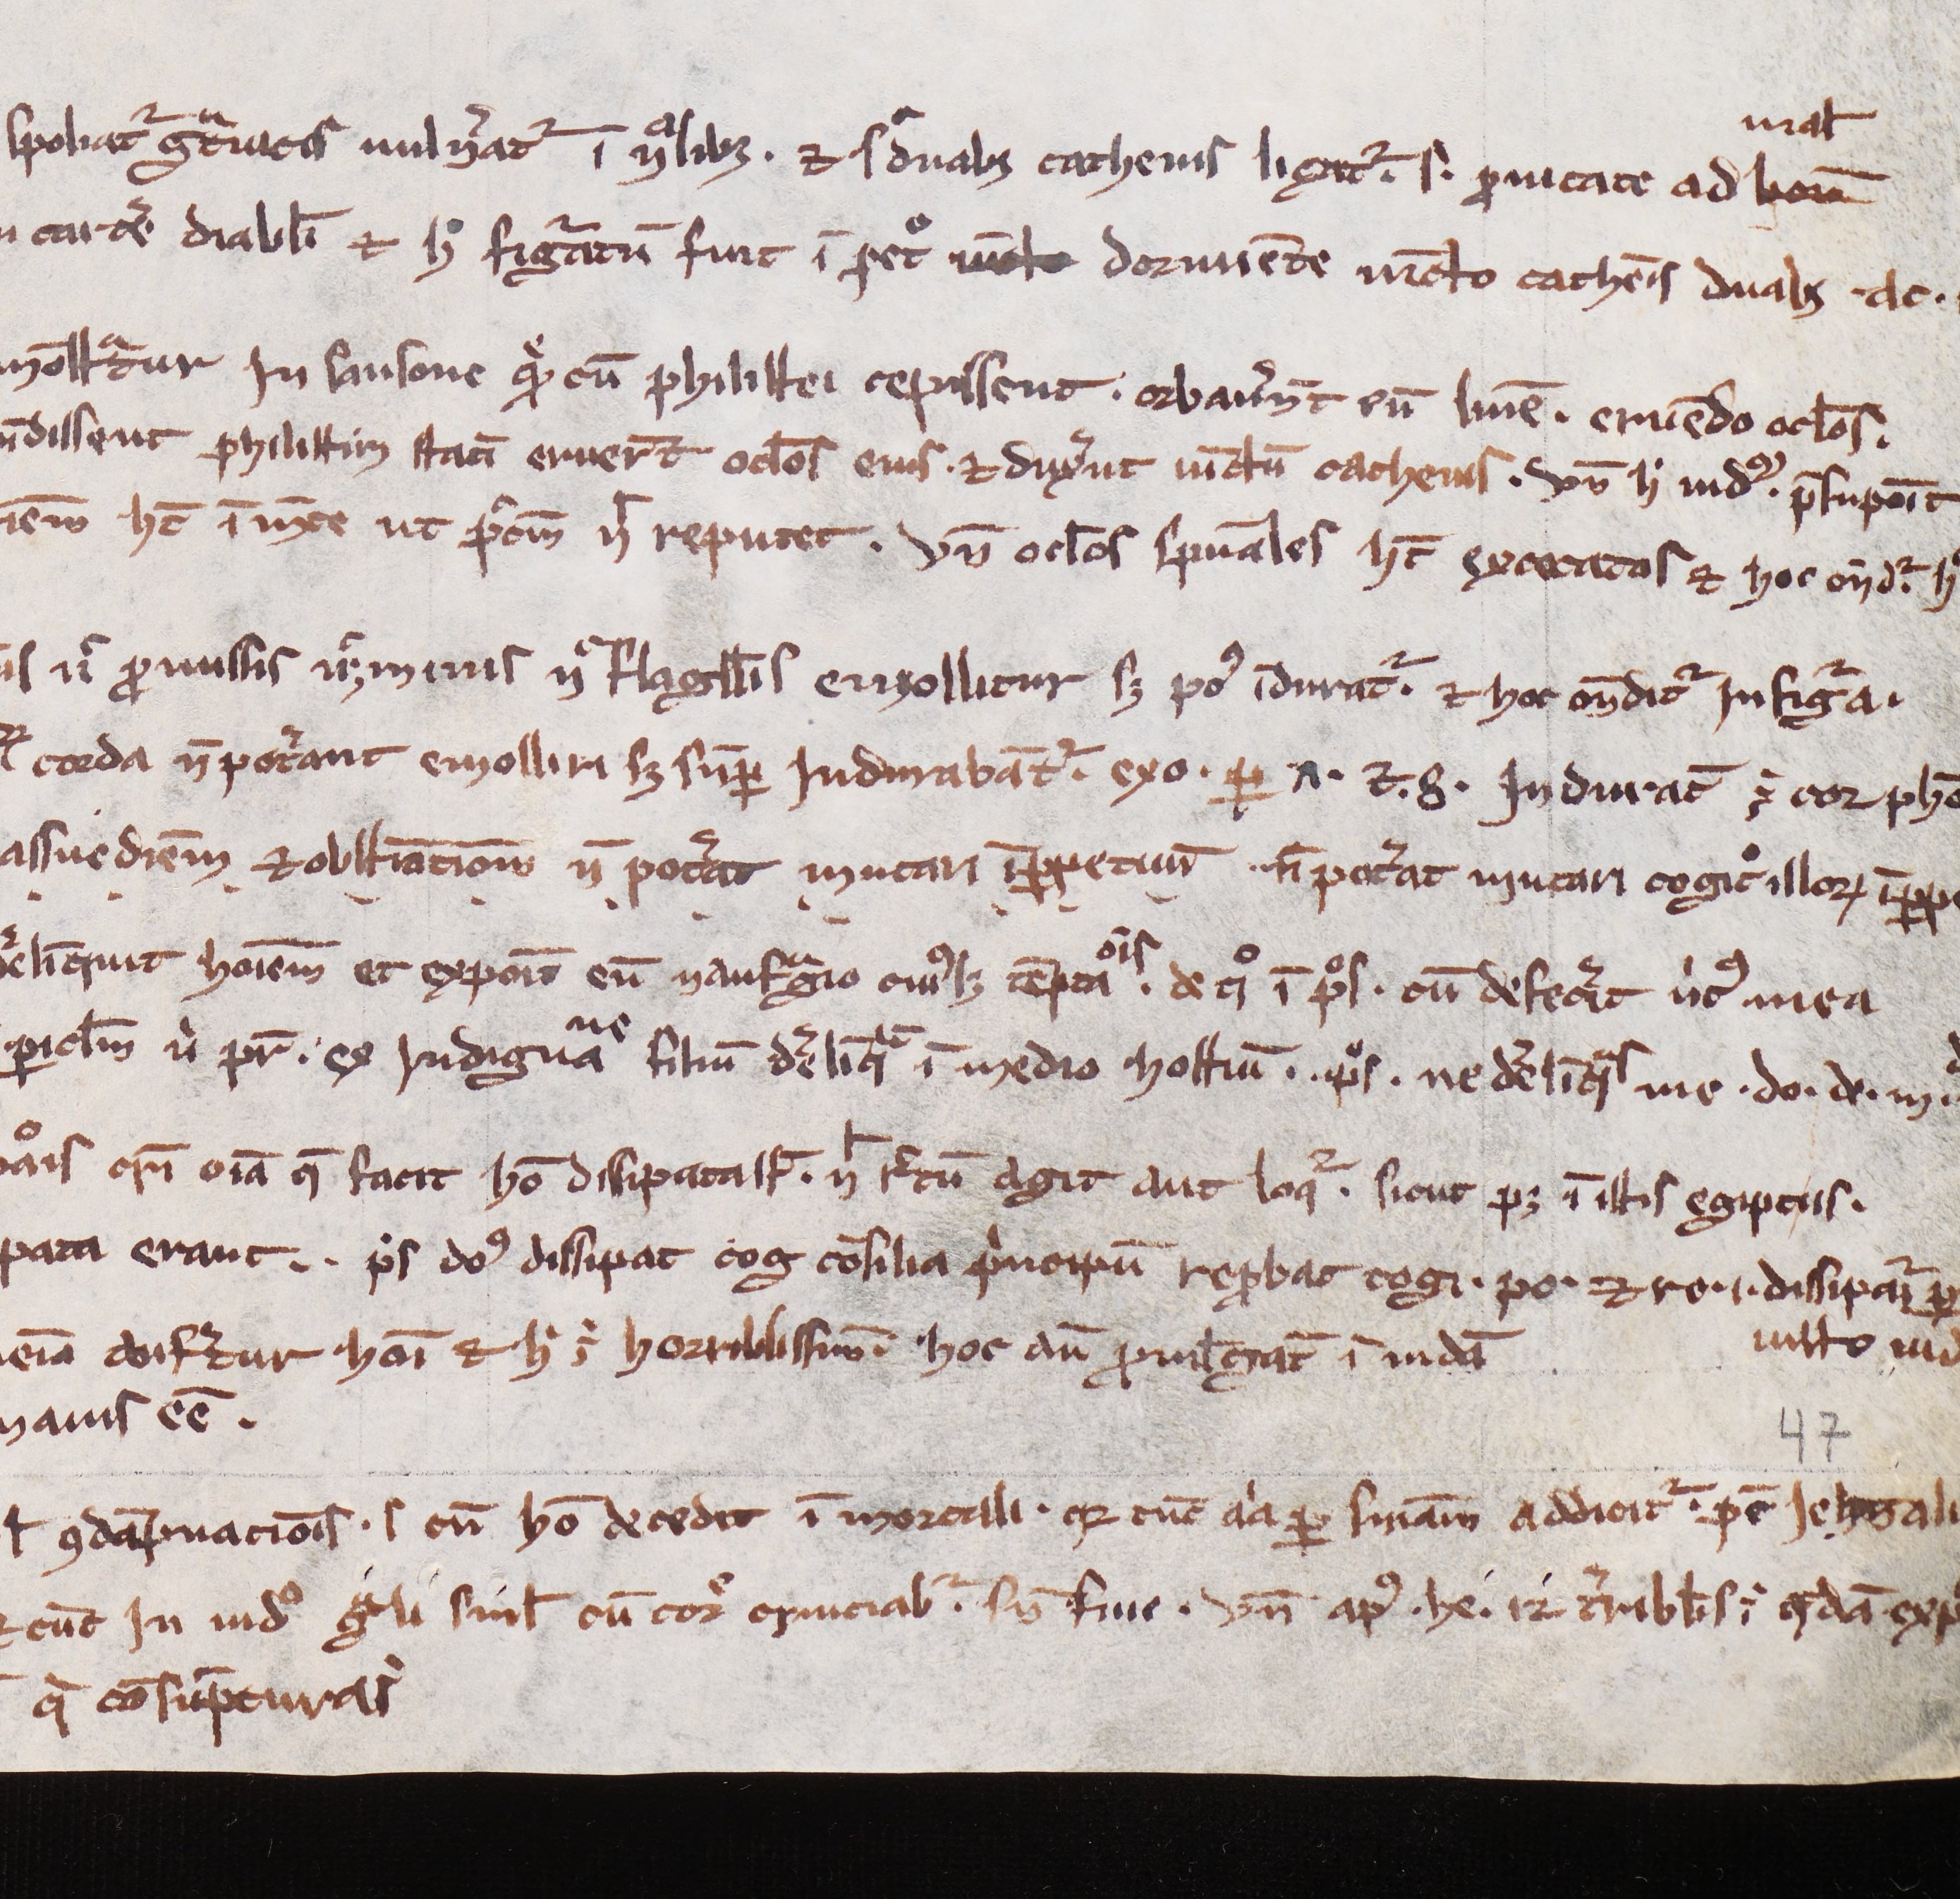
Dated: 1200–1299